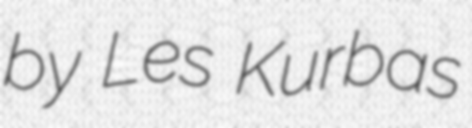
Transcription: by Les Kurbas